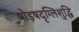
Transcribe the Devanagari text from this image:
षोड़षदृग्लिशुद्धि